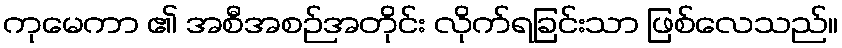
ကုမေကာ ၏ အစီအစဉ်အတိုင်း လိုက်ရခြင်းသာ ဖြစ်လေသည်။